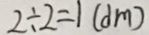
2 \div 2 = 1 ( d m )